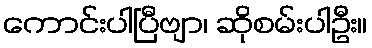
ကောင်းပါပြီဗျာ၊ ဆိုစမ်းပါဦး။